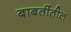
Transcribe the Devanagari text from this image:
बाबतींतील